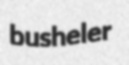
busheler